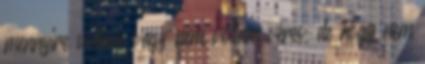
mennyire voltam vagy nem voltam véres, de hogy nem